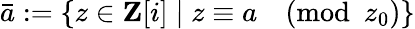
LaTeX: {\bar{a}}:=\left\{ z\in\mathbf{Z}[i]\mid z\equiv a{\pmod{z_{0}}}\right\}